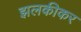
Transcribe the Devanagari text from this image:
झलकीकर